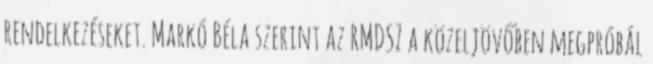
rendelkezéseket. Markó Béla szerint az RMDSZ a közeljövőben megpróbál